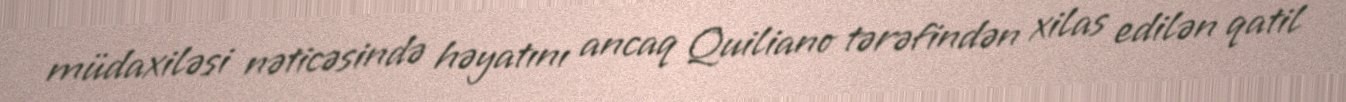
müdaxiləsi nəticəsində həyatını ancaq Quiliano tərəfindən xilas edilən qatil